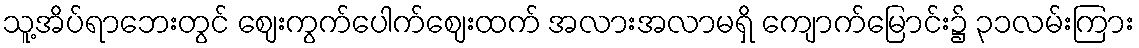
သူ့အိပ်ရာဘေးတွင် ဈေးကွက်ပေါက်ဈေးထက် အလားအလာမရှိ ကျောက်မြောင်း၌ ၃၁လမ်းကြား